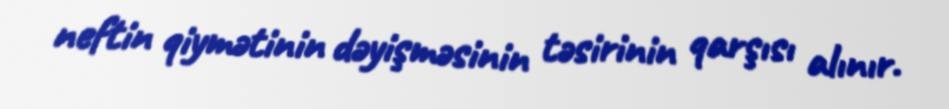
neftin qiymətinin dəyişməsinin təsirinin qarşısı alınır.